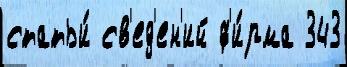
статьи́ св'ед'ен'ий ф'и́рма 343